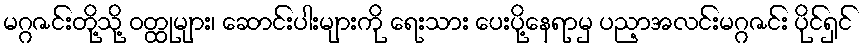
မဂ္ဂဇင်းတို့သို့ ဝတ္ထုများ၊ ဆောင်းပါးများကို ရေးသား ပေးပို့နေရာမှ ပညာ့အလင်းမဂ္ဂဇင်း ပိုင်ရှင်